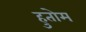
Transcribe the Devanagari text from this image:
हुतोम